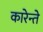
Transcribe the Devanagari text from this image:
कारेन्ते